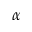
\alpha